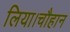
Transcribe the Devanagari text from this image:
लिया।चौहान